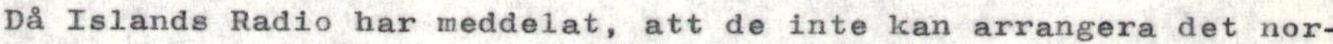
Då Islands Radio har meddelat, att de inte kan arrangera det nor-